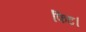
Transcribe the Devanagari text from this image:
फिट।